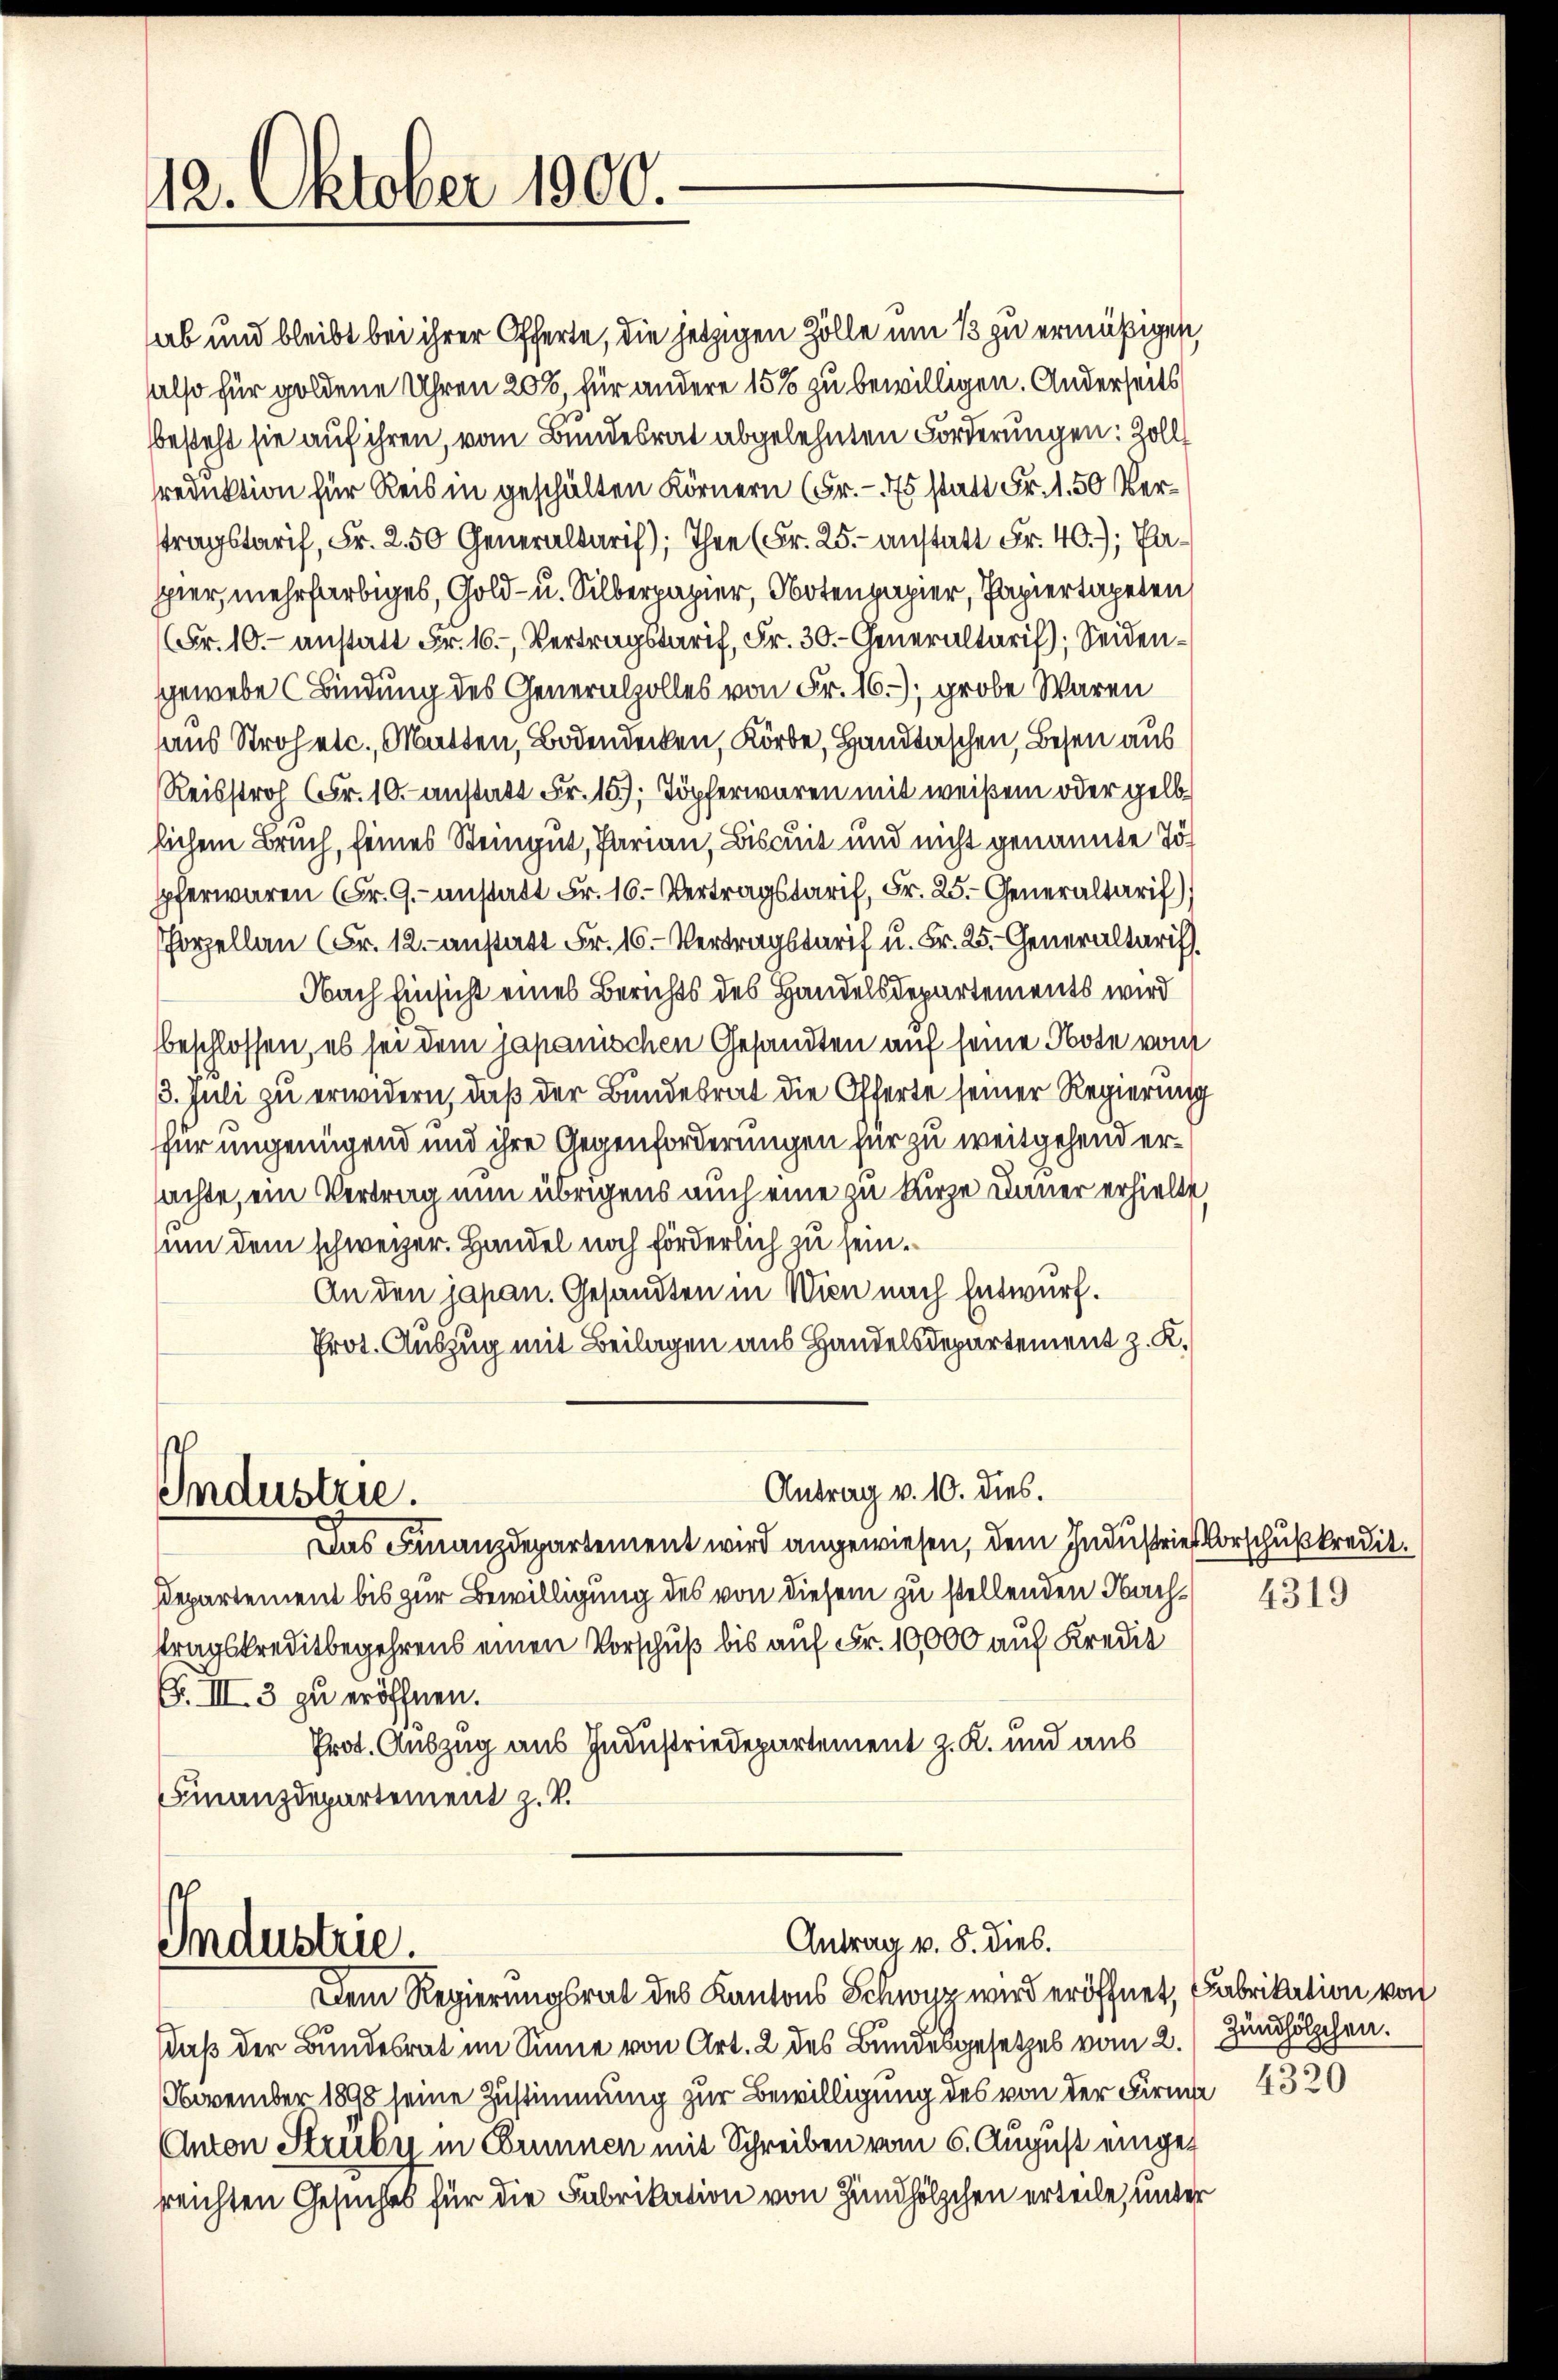
412. Oktober 1900.

also für goldene Uhren 200, für andere 15% zu bewilligen. Anderseits
besteht sie auf ihren, vom Bundesrat abgelehnten Forderungen: Zoll
sreduktion für Reis in geschälten Körnern (Fr.- 75 statt Fr. 1.50 Verstragstarif, Fr. 2.50 Generaltarif); Thee (Fr. 25. anstatt Fr. 40.); Pa¬
Ehler mehrfarbiges, Gold- u. Silberpapier, Notenpapier, Papiertapeten
(Fr. 10. anstatt Fr. 16. Vertragstarif, Fr. 30. Generaltarif); Seidengewebe (Bindung des Generalzolles von Fr. 16), grobe Waren
aus Strohetc., Matten, Bodendecken, Körbe, Handtaschen, Besen aus
Reisstroh (Fr. 10. anstatt Fr. 15); Töpferwaren mit weißem oder gelblichem Bruch, seines Steingut, Parian, Biscuit und nicht genannte Topferwaren Fr. G. anstatt Fr. 16. Vertragstarif, Fr. 25. Generaltarif)
Porzellan (Fr. 12. anstatt Fr. 16. Vertragstarif u. Fr. 25. Generaltariff.
Nach Einsicht eines Berichts des Handelsdepartements wird
beschlossen, es sei dem japanischen Gesandten auf seine Note vom
3. Juli zu erwidern, daß der Bundesrat die Offerte seiner Regierung
für ungenügend und ihre Gegenforderungen für zu weitgehend ersachte, ein Vertrag nun übrigens auch eine zu kurze Diner erhielte
sum dem schweizer. Handel noch förderlich zu sein.
An den japan. Gesandten in Wien nach Entwurf.
Prot. Auszug mit Beilagen aus Handelsdepartement z. K.
Antrag v. 10. dies.
Industrie.
Das Finanzdepartement wird angewiesen, dem Industrie Vorschußkredit.
Departement bis zur Bewilligung des von diesem zu stellenden Nachtragskreditbegehrens einen Vorschuß bis auf Fr. 10,000 auf Kredit
G. III. 3 zu eröffnen.
Prot. Auszug aus Industriedepartement z. K. und aus
Finanzdepartement z. V.

ab und bleibt bei ihrer Offerte, die jetzigen Zölle um 13 zu ermäßigen,

Industrie.

Antrag v. 8. dies.

Dem Regierungsrat des Kantons Schwyz wird eröffnet, Fabrikation von
daß der Bundesrat im Sinne von Art. 2 des Bundesgesetzes vom 2.
November 1898 seine Zustimmung zur Bewilligung des von der Firma 4320
Anton Strubi in Ebrunnen mit Schreiben vom 6. August eingereichten Gesuches für die Fabrikation von Zündhölzchen erteile, unter

4319

Zündhölzchen.